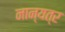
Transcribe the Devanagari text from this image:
नान्यत्र